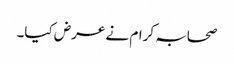
صحابہ کرام نے عرض کیا۔